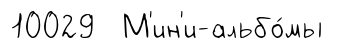
10029 М'ин'и-альбо́мы